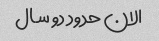
الان حدود دو سال